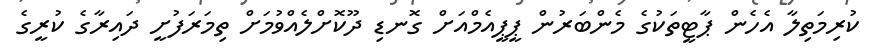
ކުރިމަތިލާ އެހެން ޕާޓީތަކުގެ މެންބަރުން ޕީޕީއެމްއަށް ގޮނޑި ދޫކޮށްލެއްވުމަށް ތިމަރަފުށީ ދައިރާގެ ކުރީގެ